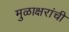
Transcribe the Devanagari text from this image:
मुळाक्षरांची